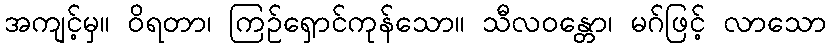
အကျင့်မှ။ ဝိရတာ၊ ကြဉ်ရှောင်ကုန်သော။ သီလဝန္တော၊ မဂ်ဖြင့် လာသော